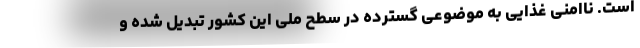
است. ناامنی غذایی به موضوعی گسترده در سطح ملی این کشور تبدیل شده و